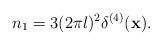
\begin{align*}n_1 = 3(2\pi l)^2 \delta^{(4)}(\mbox{{\bf x}}).\end{align*}